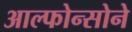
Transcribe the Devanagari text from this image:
आल्फोन्सोने